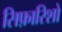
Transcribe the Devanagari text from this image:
सिफ़ारिशो